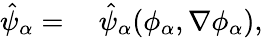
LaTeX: \begin{array}{rl}{\hat{\psi}_{\alpha}=}&{{}~\hat{\psi}_{\alpha}(\phi_{\alpha},\nabla\phi_{\alpha}),}\end{array}